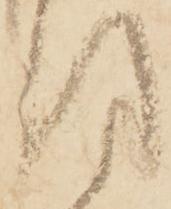
ほ